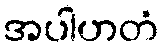
အပါဟတံ